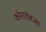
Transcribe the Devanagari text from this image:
कोनाडेवजा